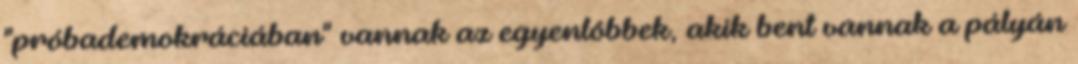
"próbademokráciában" vannak az egyenlôbbek, akik bent vannak a pályán